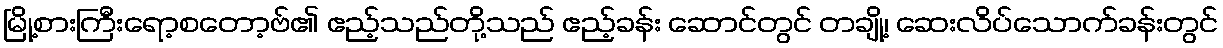
မြို့စားကြီးရော့စတော့ဗ်၏ ဧည့်သည်တို့သည် ဧည့်ခန်း ဆောင်တွင် တချို့၊ ဆေးလိပ်သောက်ခန်းတွင်